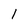
Character: 1